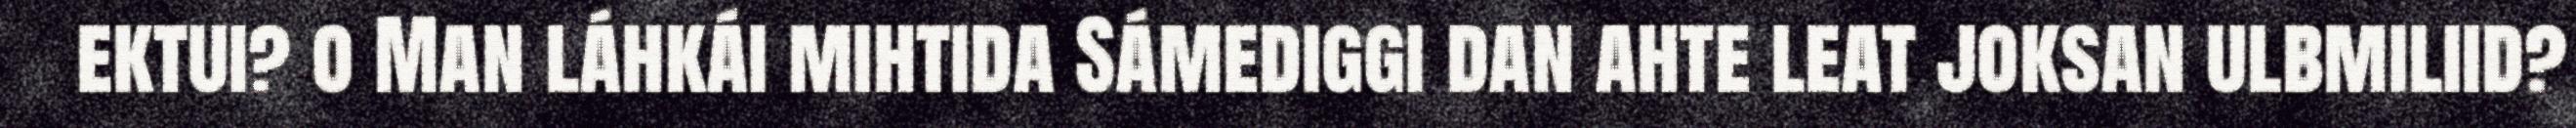
ektui? o Man láhkái mihtida Sámediggi dan ahte leat joksan ulbmiliid?